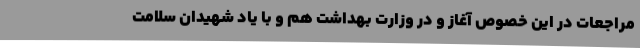
مراجعات در این خصوص آغاز و در وزارت بهداشت هم و با یاد شهیدان سلامت